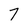
Character: 7